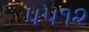
૫૫૧૨